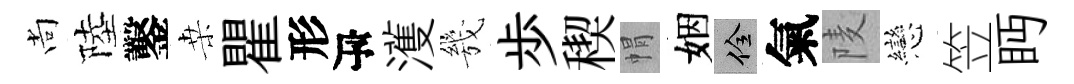
尚陸鑿桒瞿形瓴濩㡬歩稧㡌姻佺氣𨹧戀笠眄